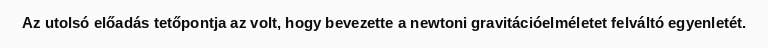
Az utolsó előadás tetőpontja az volt, hogy bevezette a newtoni gravitációelméletet felváltó egyenletét.